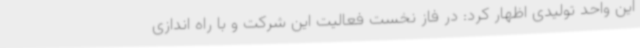
این واحد تولیدی اظهار کرد: در فاز نخست فعالیت این شرکت و با راه اندازی